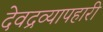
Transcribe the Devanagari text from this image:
देवद्रव्यापहारी